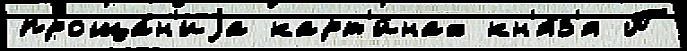
проща́н'иjа карт'и́нах кн'я́з'я П